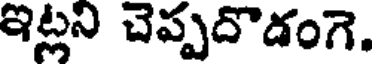
ఇట్లని చెప్పదొడంగె.